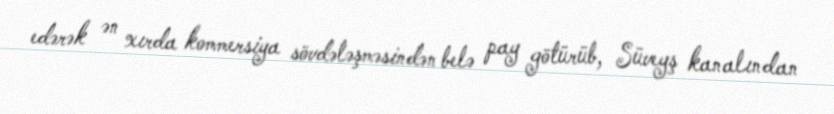
edərək ən xırda kommersiya sövdələşməsindən belə pay götürüb, Süveyş kanalından